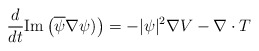
\begin{align*}\frac{d}{dt}\mathrm{Im}\left( \overline{\psi }\nabla \psi )\right) =-|\psi|^{2}\nabla V-\nabla \cdot T \end{align*}